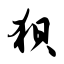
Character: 狈